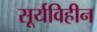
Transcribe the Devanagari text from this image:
सूर्यविहीन